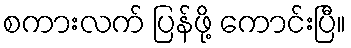
စကားလက် ပြန်ဖို့ ကောင်းပြီ။